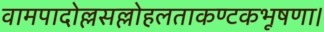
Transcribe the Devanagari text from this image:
वामपादोल्लसल्लोहलताकण्टकभूषणा।